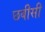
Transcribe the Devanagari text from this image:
छबीसी